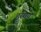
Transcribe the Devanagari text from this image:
हंसाय